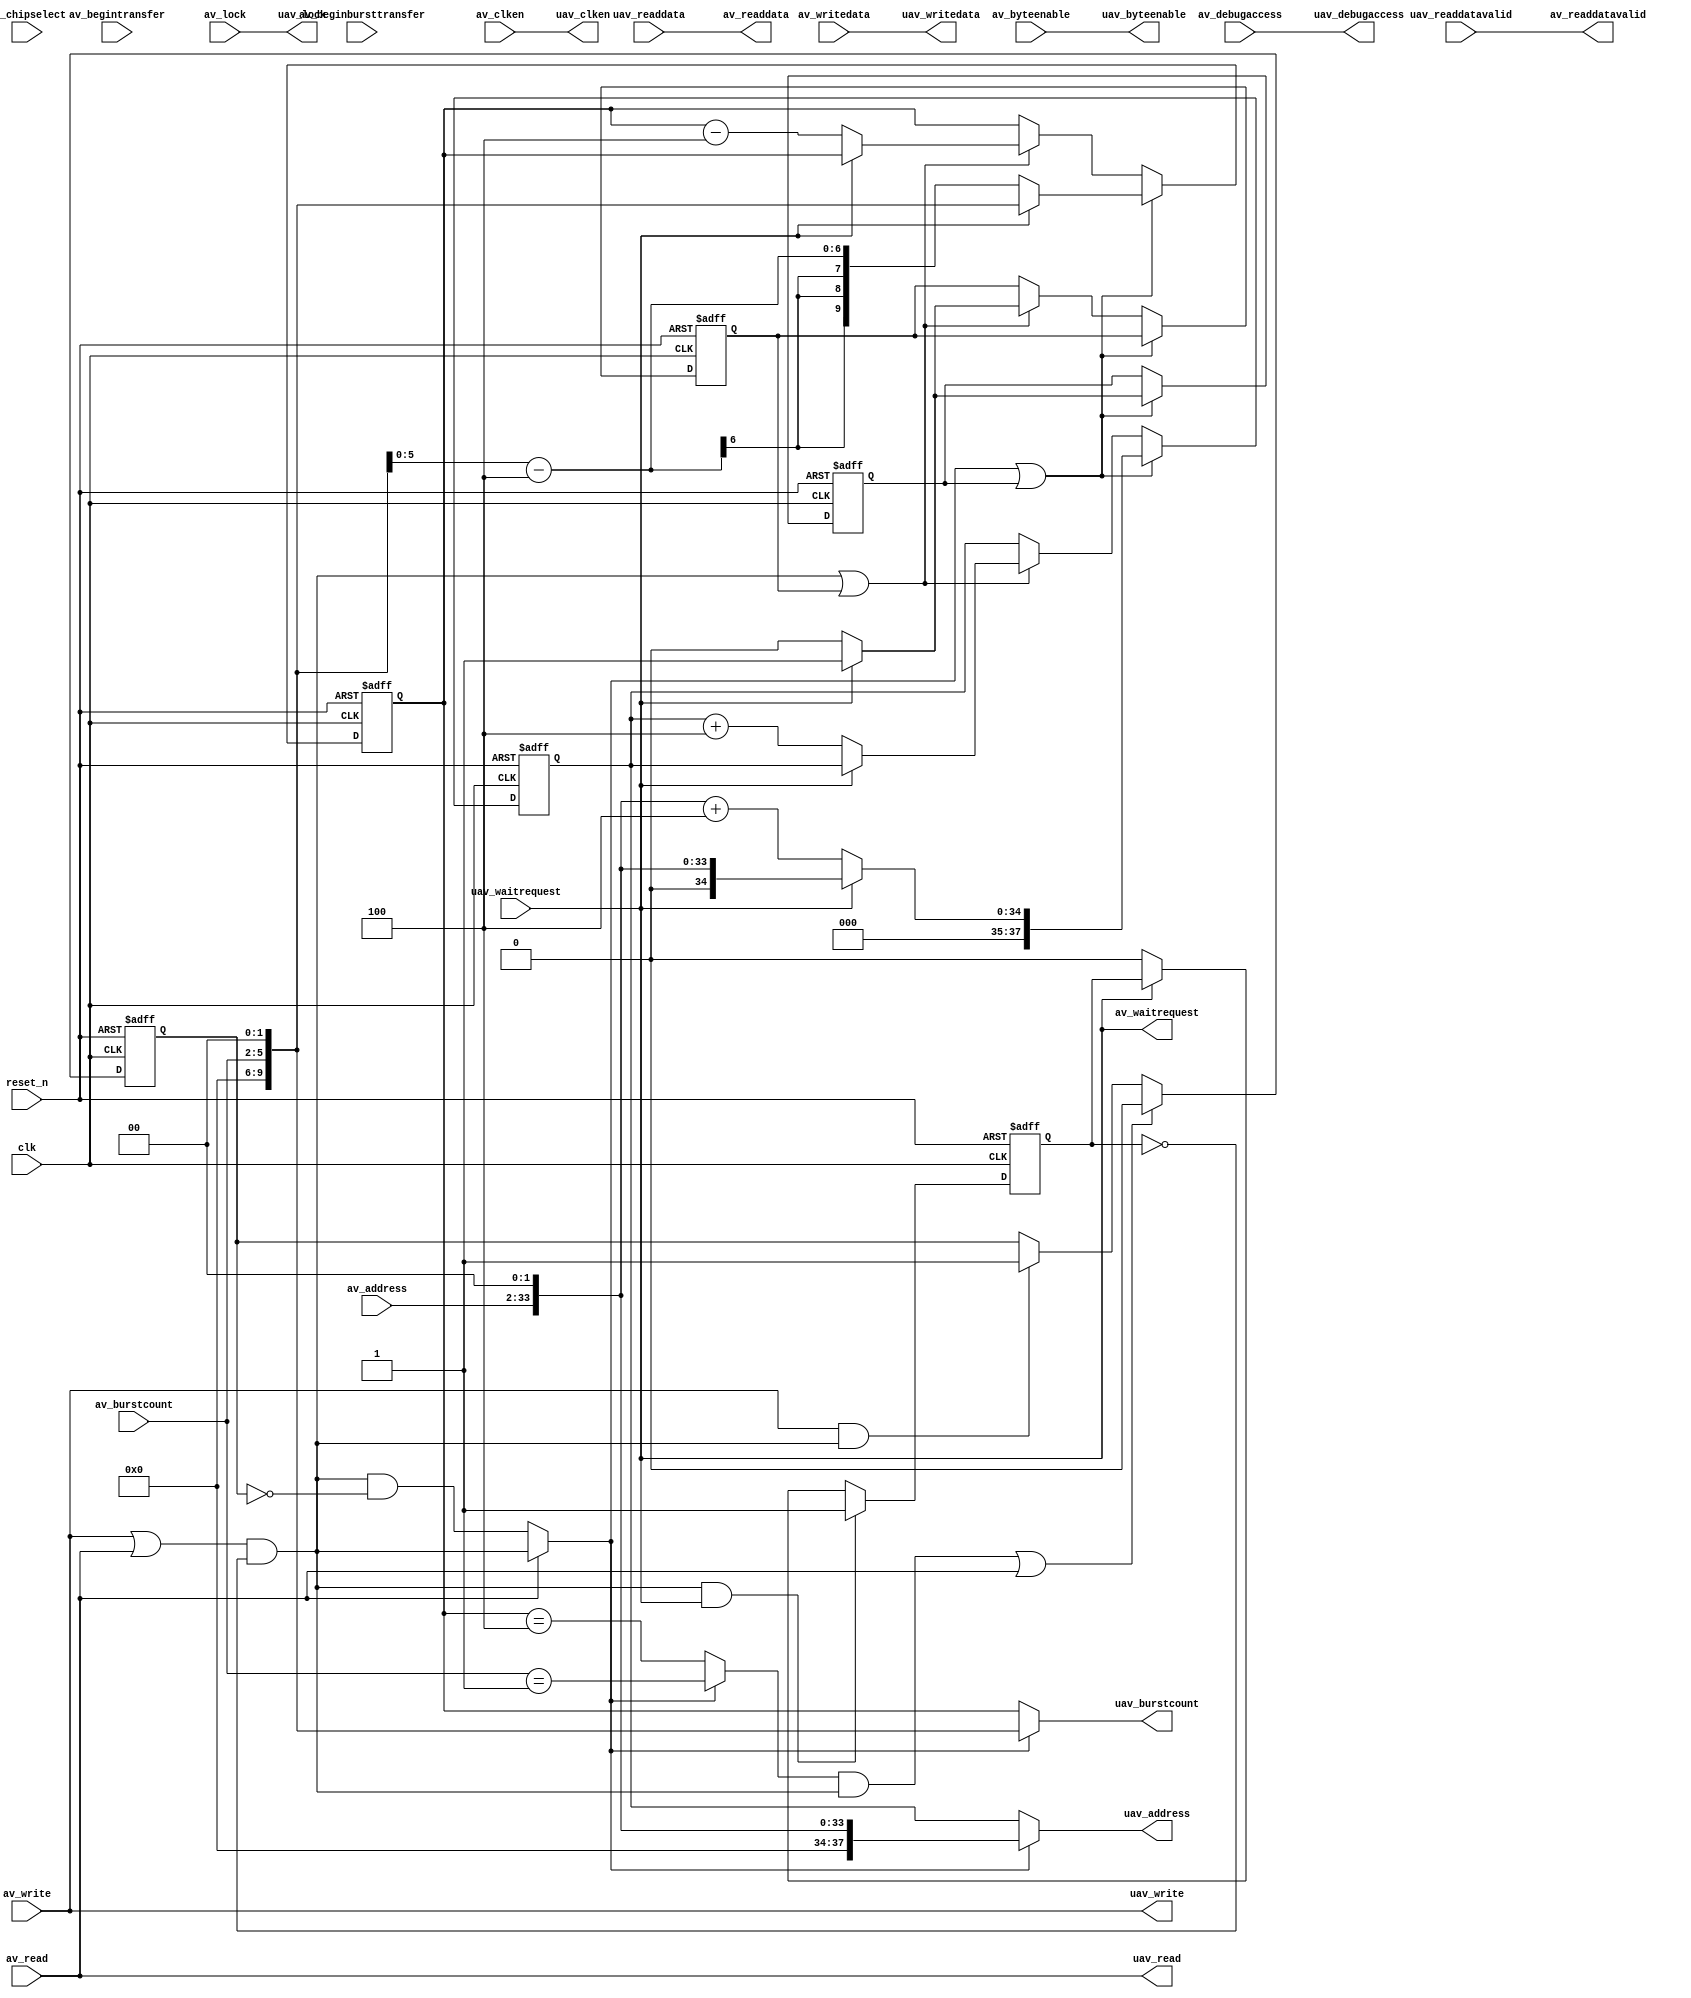
// (C) 2001-2017 Intel Corporation. All rights reserved.
// Your use of Intel Corporation's design tools, logic functions and other 
// software and tools, and its AMPP partner logic functions, and any output 
// files any of the foregoing (including device programming or simulation 
// files), and any associated documentation or information are expressly subject 
// to the terms and conditions of the Intel Program License Subscription 
// Agreement, Intel MegaCore Function License Agreement, or other applicable 
// license agreement, including, without limitation, that your use is for the 
// sole purpose of programming logic devices manufactured by Intel and sold by 
// Intel or its authorized distributors.  Please refer to the applicable 
// agreement for further details.


// (C) 2001-2011 Altera Corporation. All rights reserved.
// Your use of Altera Corporation's design tools, logic functions and other 
// software and tools, and its AMPP partner logic functions, and any output 
// files any of the foregoing (including device programming or simulation 
// files), and any associated documentation or information are expressly subject 
// to the terms and conditions of the Altera Program License Subscription 
// Agreement, Altera MegaCore Function License Agreement, or other applicable 
// license agreement, including, without limitation, that your use is for the 
// sole purpose of programming logic devices manufactured by Altera and sold by 
// Altera or its authorized distributors.  Please refer to the applicable 
// agreement for further details.


// $Id: //acds/rel/11.1/ip/merlin/seq_altera_merlin_master_translator/seq_altera_merlin_master_translator.sv#1 $
// $Revision: #1 $
// $Date: 2011/08/15 $
// $Author: max $

// --------------------------------------
// Merlin Master Translator
//
// Converts Avalon-MM Master Interfaces into
// Avalon-MM Universal Master Interfaces
// --------------------------------------

`timescale 1 ns / 1 ns



module seq_altera_merlin_master_translator #(
    parameter
					 AV_ADDRESS_W                      = 32,
					 AV_DATA_W                         = 32,
					 AV_BURSTCOUNT_W                   = 4,
					 AV_BYTEENABLE_W                   = 4,
	     
					 //Optional Port Declarations
					 
					 USE_BURSTCOUNT                    = 1,
					 USE_BEGINBURSTTRANSFER            = 0,
					 USE_BEGINTRANSFER                 = 0,
					 USE_CHIPSELECT                    = 0,
					 USE_READ                          = 1,
					 USE_READDATAVALID                 = 1,
					 USE_WRITE                         = 1,
					 USE_WAITREQUEST                   = 1,

                                         AV_REGISTERINCOMINGSIGNALS        = 0,
					 AV_SYMBOLS_PER_WORD               = 4,
					 AV_ADDRESS_SYMBOLS                = 0,
					 AV_CONSTANT_BURST_BEHAVIOR        = 1, 
					 AV_BURSTCOUNT_SYMBOLS             = 0,
					 AV_LINEWRAPBURSTS                 = 0, 
					 UAV_ADDRESS_W                     = 38,
					 UAV_BURSTCOUNT_W                  = 10,
                                         UAV_CONSTANT_BURST_BEHAVIOR       = 0
					 )(
					    //Universal Avalon Master
					    input   wire                                                  clk,
					    input   wire                                                  reset_n,
                                            output  reg                                                   uav_write,
					    output  reg                                                   uav_read,
                                            output  reg  [UAV_ADDRESS_W    -1 : 0]             		  uav_address,	 
                                            output  reg  [UAV_BURSTCOUNT_W -1 : 0]                    	  uav_burstcount,					    
                                            output  wire [AV_BYTEENABLE_W  -1 : 0]                        uav_byteenable,
                                            output  wire [AV_DATA_W        -1 : 0]                        uav_writedata,
					    output  wire                                                  uav_lock,
                                            output  wire                                                  uav_debugaccess,
                                            output  wire                                                  uav_clken,
					    
					    input wire   [ AV_DATA_W       -1 : 0]                        uav_readdata,
					    input wire                                                    uav_readdatavalid,
					    input wire                                                    uav_waitrequest,
					  					    
					    //Avalon-MM !Master
					    input                                                         av_write,		//*** SV-to-V: 'input reg=>input 
					    input                                                         av_read,		//*** SV-to-V: 'input reg=>input 
					    input wire   [AV_ADDRESS_W    -1 : 0]                         av_address,
					    input wire   [AV_BYTEENABLE_W -1 : 0]                         av_byteenable,
					    input wire   [AV_BURSTCOUNT_W -1 : 0]                         av_burstcount,
					    input wire   [AV_DATA_W       -1 : 0]                         av_writedata,
					    input wire                                                    av_begintransfer,
					    input wire                                                    av_beginbursttransfer,
					    input wire                                                    av_lock,
					    input wire                                                    av_chipselect,
                                            input wire                                                    av_debugaccess,
                                            input wire                                                    av_clken,
					    
					    output wire  [AV_DATA_W       -1 : 0]                         av_readdata,
					    output wire                                                   av_readdatavalid,
					    output reg                                                    av_waitrequest
					    );


   localparam BITS_PER_WORD       = clog2(AV_SYMBOLS_PER_WORD - 1);   
   localparam AV_MAX_SYMBOL_BURST = flog2( pow2(AV_BURSTCOUNT_W - 1) * (AV_BURSTCOUNT_SYMBOLS ? 1 : (AV_SYMBOLS_PER_WORD)) );
   localparam AV_MAX_SYMBOL_BURST_MINUS_ONE = AV_MAX_SYMBOL_BURST ? AV_MAX_SYMBOL_BURST - 1 : 0 ;

   localparam UAV_BURSTCOUNT_W_OR_32 = UAV_BURSTCOUNT_W > 32 ? 31 : UAV_BURSTCOUNT_W -1;
   localparam UAV_ADDRESS_W_OR_32   = UAV_ADDRESS_W    > 32 ? 31 : UAV_ADDRESS_W -1;
   
   
   // -1 for burstcount restriction 2^(n-1)

   localparam BITS_PER_WORD_BURSTCOUNT = UAV_BURSTCOUNT_W == 1 ? 0 : BITS_PER_WORD;
   localparam BITS_PER_WORD_ADDRESS    = UAV_ADDRESS_W    == 1 ? 0 : BITS_PER_WORD;
   
   localparam ADDRESS_LOW     = AV_ADDRESS_SYMBOLS ? 0 : BITS_PER_WORD_ADDRESS;
   localparam BURSTCOUNT_LOW  = AV_BURSTCOUNT_SYMBOLS ? 0 : BITS_PER_WORD_BURSTCOUNT;
   
   localparam ADDRESS_HIGH    = UAV_ADDRESS_W >    AV_ADDRESS_W    + ADDRESS_LOW    ? AV_ADDRESS_W    : UAV_ADDRESS_W    - ADDRESS_LOW;
   localparam BURSTCOUNT_HIGH = UAV_BURSTCOUNT_W > AV_BURSTCOUNT_W + BURSTCOUNT_LOW ? AV_BURSTCOUNT_W : UAV_BURSTCOUNT_W - BURSTCOUNT_LOW;
   
   function integer flog2;
      input [31:0] Depth;
      integer 	   i;
      begin
         i = Depth;
	 if ( i <= 0 ) flog2 = 0;
	 else begin
            for(flog2 = -1; i > 0; flog2 = flog2 + 1)
              i = i >> 1;
	 end
      end    
      
   endfunction // flog2   

   function integer clog2;
      input [31:0] Depth;
      integer i;
      begin
         i = Depth;        
         for(clog2 = 0; i > 0; clog2 = clog2 + 1)
           i = i >> 1;
      end
 
   endfunction 
   
   function integer pow2;
      input [31:0] toShift;
      begin
	 pow2=1;
	 pow2= pow2 << toShift;
      end
   endfunction // pow2

   // -------------------------------------------------
   // Assign some constants to appropriately-sized signals to
   // avoid synthesis warnings. This also helps some simulators
   // with their inferred sensitivity lists.
   // -------------------------------------------------
   // Calculate the symbols per word as the power of 2 extended symbols per word
   wire [31:0] symbols_per_word_int = 2**(clog2(AV_SYMBOLS_PER_WORD[UAV_BURSTCOUNT_W_OR_32 : 0] - 1));
   wire [UAV_BURSTCOUNT_W_OR_32 : 0] symbols_per_word = symbols_per_word_int[UAV_BURSTCOUNT_W_OR_32 : 0];

   
   reg  	                         internal_beginbursttransfer;
   reg 		                         internal_begintransfer;
   reg [UAV_ADDRESS_W - 1: 0 ] 		 uav_address_pre;
   reg [UAV_BURSTCOUNT_W - 1 : 0 ]	 uav_burstcount_pre;
 		 
 		 
   
   reg uav_read_pre;
   reg uav_write_pre;
   reg read_accepted;   
    
   //Passthru assignmenst
   
   assign     uav_writedata       = av_writedata;
   assign     av_readdata         = uav_readdata;
   assign     uav_byteenable      = av_byteenable;
   assign     uav_lock            = av_lock;
   assign     av_readdatavalid    = uav_readdatavalid;
   assign     uav_debugaccess     = av_debugaccess;
   assign     uav_clken           = av_clken;
   
   //address + burstcount assignment

   reg [UAV_ADDRESS_W - 1 : 0] address_register;
   reg [UAV_BURSTCOUNT_W - 1 : 0] burstcount_register;

   always @* begin
      uav_address=uav_address_pre;
      uav_burstcount=uav_burstcount_pre;
      
      if(AV_CONSTANT_BURST_BEHAVIOR && !UAV_CONSTANT_BURST_BEHAVIOR && ~internal_beginbursttransfer) begin
	 uav_address=address_register;
	 uav_burstcount=burstcount_register;
      end
   end

   reg first_burst_stalled;
   reg burst_stalled;

     
   wire[UAV_ADDRESS_W-1:0] combi_burst_addr_reg;
   wire [UAV_ADDRESS_W-1:0] combi_addr_reg;
   generate
      if(AV_LINEWRAPBURSTS && AV_MAX_SYMBOL_BURST!=0) begin
         if(AV_MAX_SYMBOL_BURST > UAV_ADDRESS_W - 1) begin
            assign combi_burst_addr_reg = { uav_address_pre[UAV_ADDRESS_W-1:0] + AV_SYMBOLS_PER_WORD[UAV_ADDRESS_W-1:0] };
            assign combi_addr_reg = { address_register[UAV_ADDRESS_W-1:0] + AV_SYMBOLS_PER_WORD[UAV_ADDRESS_W-1:0] };
         end
         else begin
            assign combi_burst_addr_reg = { uav_address_pre[UAV_ADDRESS_W - 1 : AV_MAX_SYMBOL_BURST], uav_address_pre[AV_MAX_SYMBOL_BURST_MINUS_ONE:0] + AV_SYMBOLS_PER_WORD[AV_MAX_SYMBOL_BURST_MINUS_ONE:0] };
            assign combi_addr_reg = { address_register[UAV_ADDRESS_W - 1 : AV_MAX_SYMBOL_BURST], address_register[AV_MAX_SYMBOL_BURST_MINUS_ONE:0] + AV_SYMBOLS_PER_WORD[AV_MAX_SYMBOL_BURST_MINUS_ONE:0] };
         end
      end
      else begin
         assign combi_burst_addr_reg =
           uav_address_pre + AV_SYMBOLS_PER_WORD[UAV_ADDRESS_W_OR_32:0];
         assign combi_addr_reg =
           address_register + AV_SYMBOLS_PER_WORD[UAV_ADDRESS_W_OR_32:0];
      end
   endgenerate
   
   always@(posedge clk, negedge reset_n) begin
      
      if(~reset_n) begin
	 address_register    <= 0;		//*** SV-to-V: '0=>0 
	 burstcount_register <= 0;		//*** SV-to-V: '0=>0 
	 first_burst_stalled <= 1'b0;
	 burst_stalled       <= 1'b0;
      end
      else begin
	 address_register    <= address_register;
	 burstcount_register <= burstcount_register;
	 
	 if(internal_beginbursttransfer||first_burst_stalled) begin

	    if(av_waitrequest) begin
	       first_burst_stalled <= 1'b1;
	       address_register    <= uav_address_pre;
	       burstcount_register <= uav_burstcount_pre;
	    end else begin
	       first_burst_stalled <= 1'b0;
	       address_register    <= combi_burst_addr_reg;
	       burstcount_register <= uav_burstcount_pre - symbols_per_word;
	    end
	 end
	 
	 else if(internal_begintransfer || burst_stalled) begin
	    if(~av_waitrequest) begin
	       burst_stalled       <= 1'b0;
	       address_register    <= combi_addr_reg;
	       burstcount_register <= burstcount_register - symbols_per_word;
	    end else
	      burst_stalled<=1'b1;   
	 end
      end
   
   end
	
   //Address
   always @* begin
      uav_address_pre = 0;		//*** SV-to-V: '0=>0 
      
      if(AV_ADDRESS_SYMBOLS)
	 uav_address_pre=av_address[ ( ADDRESS_HIGH ? ADDRESS_HIGH - 1 : 0 ) : 0 ];
      else begin  
	    uav_address_pre[ UAV_ADDRESS_W - 1 : ADDRESS_LOW ] = av_address[( ADDRESS_HIGH ? ADDRESS_HIGH - 1 : 0) : 0 ];
      end
   end

   //Burstcount
   always@* begin
      uav_burstcount_pre = symbols_per_word;  // default to a single transfer
      
      if(USE_BURSTCOUNT) begin
	 uav_burstcount_pre = 0;		//*** SV-to-V: '0=>0 
	 
	 if(AV_BURSTCOUNT_SYMBOLS)
	    uav_burstcount_pre = av_burstcount[( BURSTCOUNT_HIGH ? BURSTCOUNT_HIGH - 1 : 0 ) :0 ];
	 else begin
	    uav_burstcount_pre[ UAV_BURSTCOUNT_W - 1 : BURSTCOUNT_LOW] = av_burstcount[( BURSTCOUNT_HIGH ? BURSTCOUNT_HIGH - 1 : 0 ) : 0 ];
	 end
	 
      end
      
   end

   
   //waitrequest translation
   
   always@(posedge clk, negedge reset_n) begin
      if(~reset_n)
	read_accepted  <= 1'b0;
      else begin
	 read_accepted <= read_accepted;
	 
	 if(read_accepted == 1 && uav_readdatavalid == 1)  // reset acceptance only when rdv arrives
	   read_accepted <= 1'b0;
	 
	 if(read_accepted == 0)
	   read_accepted<=av_waitrequest ? uav_read_pre & ~uav_waitrequest : 1'b0;
      end
      
   end
   
   reg write_accepted;   
   generate if (AV_REGISTERINCOMINGSIGNALS) begin
      always@(posedge clk, negedge reset_n) begin
          if(~reset_n)
            write_accepted <= 1'b0;
          else begin
            write_accepted <= 
              ~av_waitrequest ? 1'b0 : 
              uav_write & ~uav_waitrequest? 1'b1 :
              write_accepted;
          end
      end
   end endgenerate

   always@* begin
      av_waitrequest = uav_waitrequest;
      
      if(USE_READDATAVALID == 0 ) begin
	 av_waitrequest = uav_read_pre ? ~uav_readdatavalid : uav_waitrequest;
      end

      if (AV_REGISTERINCOMINGSIGNALS) begin
         av_waitrequest = 
            uav_read_pre  ? ~uav_readdatavalid : 
            uav_write_pre ? (internal_begintransfer | uav_waitrequest) & ~write_accepted :
            1'b1;
      end

      if(USE_WAITREQUEST == 0) begin
         av_waitrequest = 0;
      end
   end

   //read/write generation
   always@* begin
      
      uav_write           =  1'b0;
      uav_write_pre       =  1'b0;
      uav_read            =  1'b0;
      uav_read_pre        =  1'b0;

      if(!USE_CHIPSELECT) begin
	 if (USE_READ) begin
	    uav_read_pre=av_read;
	 end
      
	 if (USE_WRITE) begin
	    uav_write_pre=av_write;
	 end
      end
      else begin
	 if(!USE_WRITE && USE_READ) begin
	    uav_read_pre=av_read;
	    uav_write_pre=av_chipselect & ~av_read;
	 end
	 else if(!USE_READ && USE_WRITE) begin
	    uav_write_pre=av_write;
	    uav_read_pre = av_chipselect & ~av_write;
	 end
	 else if (USE_READ && USE_WRITE) begin
	    uav_write_pre=av_write;
	    uav_read_pre=av_read;
	 end
      end
      
      if(USE_READDATAVALID == 0)
	uav_read = uav_read_pre & ~read_accepted;
      else
        uav_read = uav_read_pre;
      
      if(AV_REGISTERINCOMINGSIGNALS == 0)
        uav_write=uav_write_pre;
      else
        uav_write=uav_write_pre & ~write_accepted;

      
   end

   // -------------------
   // Begintransfer Assigment
   // -------------------
    		   
   reg       end_begintransfer;
   
   always@* begin
      if(USE_BEGINTRANSFER) begin
	 internal_begintransfer = av_begintransfer;
      end else begin
	 internal_begintransfer = ( uav_write | uav_read ) & ~end_begintransfer;
      end
   end
   
   always@ ( posedge clk or negedge reset_n ) begin
      
      if(~reset_n) begin
	 end_begintransfer <= 1'b0;
      end 
      else begin
	 
	 if(internal_begintransfer == 1 && uav_waitrequest)
	   end_begintransfer <= 1'b1;
	 else if(uav_waitrequest) 
	   end_begintransfer <= end_begintransfer;
	 else 
	   end_begintransfer <= 1'b0;
	 
      end
      
   end
   
   // -------------------
   // Beginbursttransfer Assigment
   // -------------------
   
   reg 							   end_beginbursttransfer;
   wire                                                    last_burst_transfer_pre;
   wire                                                    last_burst_transfer_reg;
   wire                                                    last_burst_transfer;

   // compare values before the mux to shorten critical path; benchmark before changing
   assign last_burst_transfer_pre = (uav_burstcount_pre == symbols_per_word);
   assign last_burst_transfer_reg = (burstcount_register == symbols_per_word);
   assign last_burst_transfer     = (internal_beginbursttransfer) ? last_burst_transfer_pre : last_burst_transfer_reg;     
      
   always@* begin
      if(USE_BEGINBURSTTRANSFER) begin
	 internal_beginbursttransfer = av_beginbursttransfer;
      end else begin
	 internal_beginbursttransfer = uav_read ? internal_begintransfer : internal_begintransfer && ~end_beginbursttransfer;
      end
   end
   
   always@ ( posedge clk or negedge reset_n ) begin
      
      if(~reset_n) begin
	 end_beginbursttransfer <= 1'b0;
      end
      else begin
	 end_beginbursttransfer <= end_beginbursttransfer;
	 if( last_burst_transfer && internal_begintransfer || uav_read ) begin
	    end_beginbursttransfer <= 1'b0;
	 end
	 else if(uav_write && internal_begintransfer) begin
	    end_beginbursttransfer <= 1'b1;
	 end
      end
      
   end	
	     
 endmodule